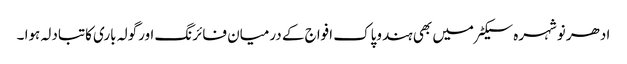
ادھر نوشہرہ سیکٹر میں بھی ہندوپاک افواج کے درمیان فائرنگ اورگولہ باری کاتبادلہ ہوا ۔